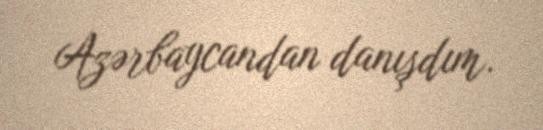
Azərbaycandan danışdım.